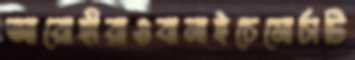
আরোহীরাওবানাইচেমোর্চাটি